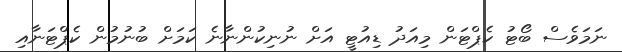
ނަމަވެސް ބޯޓު ކެޕްޓަން މިއަދު ޑިއުޓީ އަށް ނުނިކުންނާނެ ކަމަށް ބުނުމުން ކެޕްޓަނާއި